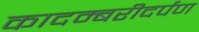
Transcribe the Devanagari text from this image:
कादम्बरीदर्पण